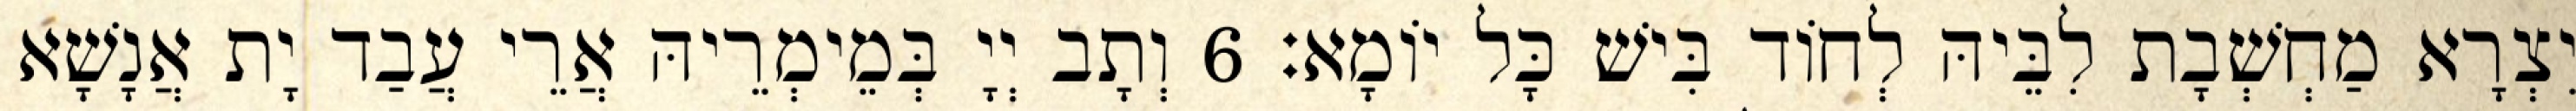
יִצְרָא מַחְשְׁבָת לִבֵּיהּ לְחוֹד בִּישׁ כָּל יוֹמָא׃ 6 וְתָב יְיָ בְּמֵימְרֵיהּ אֲרֵי עֲבַד יָת אֲנָשָׁא